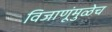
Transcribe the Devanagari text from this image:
विजाणूंमुळेच